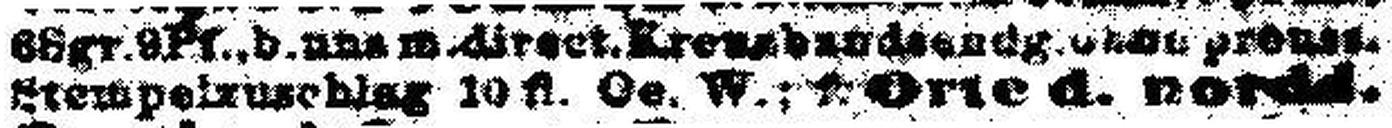
Stempelzuschlag 10 fl. Oe. W.; f. Orte d. nordd.